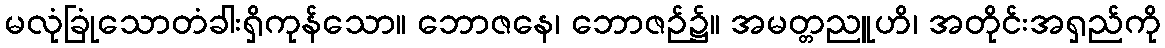
မလုံခြုံသောတံခါးရှိကုန်သော။ ဘောဇနေ၊ ဘောဇဉ်၌။ အမတ္တညူဟိ၊ အတိုင်းအရှည်ကို